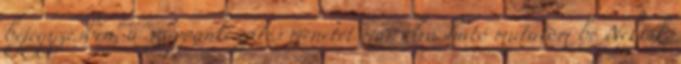
bejegyzésben, a szappankészítés menetét már olvasható mutatom be Nektek,